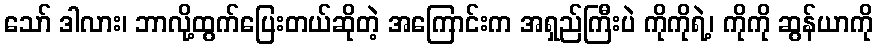
သော် ဒါလား၊ ဘာလို့ထွက်ပြေးတယ်ဆိုတဲ့ အကြောင်းက အရှည်ကြီးပဲ ကိုကိုရဲ့၊ ကိုကို ဆွန်ယာကို